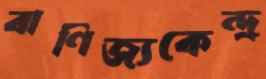
বাণিজ্যকেন্দ্র